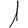
Digit: 1